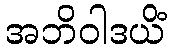
အဘိဝါဒယိံ